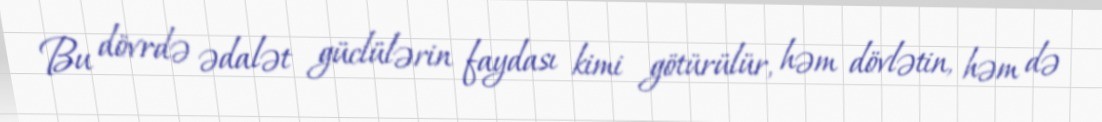
Bu dövrdə ədalət güclülərin faydası kimi götürülür, həm dövlətin, həm də